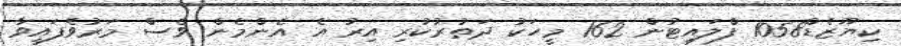
ކިޔޫޒެޑް1058 ފްލައިޓުން 162 މީހަކު ދަތުރުކުރި އިރު އެ އެންމެން ވެސް މަރުވެފައިވާ